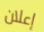
إعلان